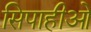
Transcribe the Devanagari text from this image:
सिपाहीओं